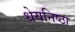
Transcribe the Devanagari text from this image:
धेयनिष्ठा